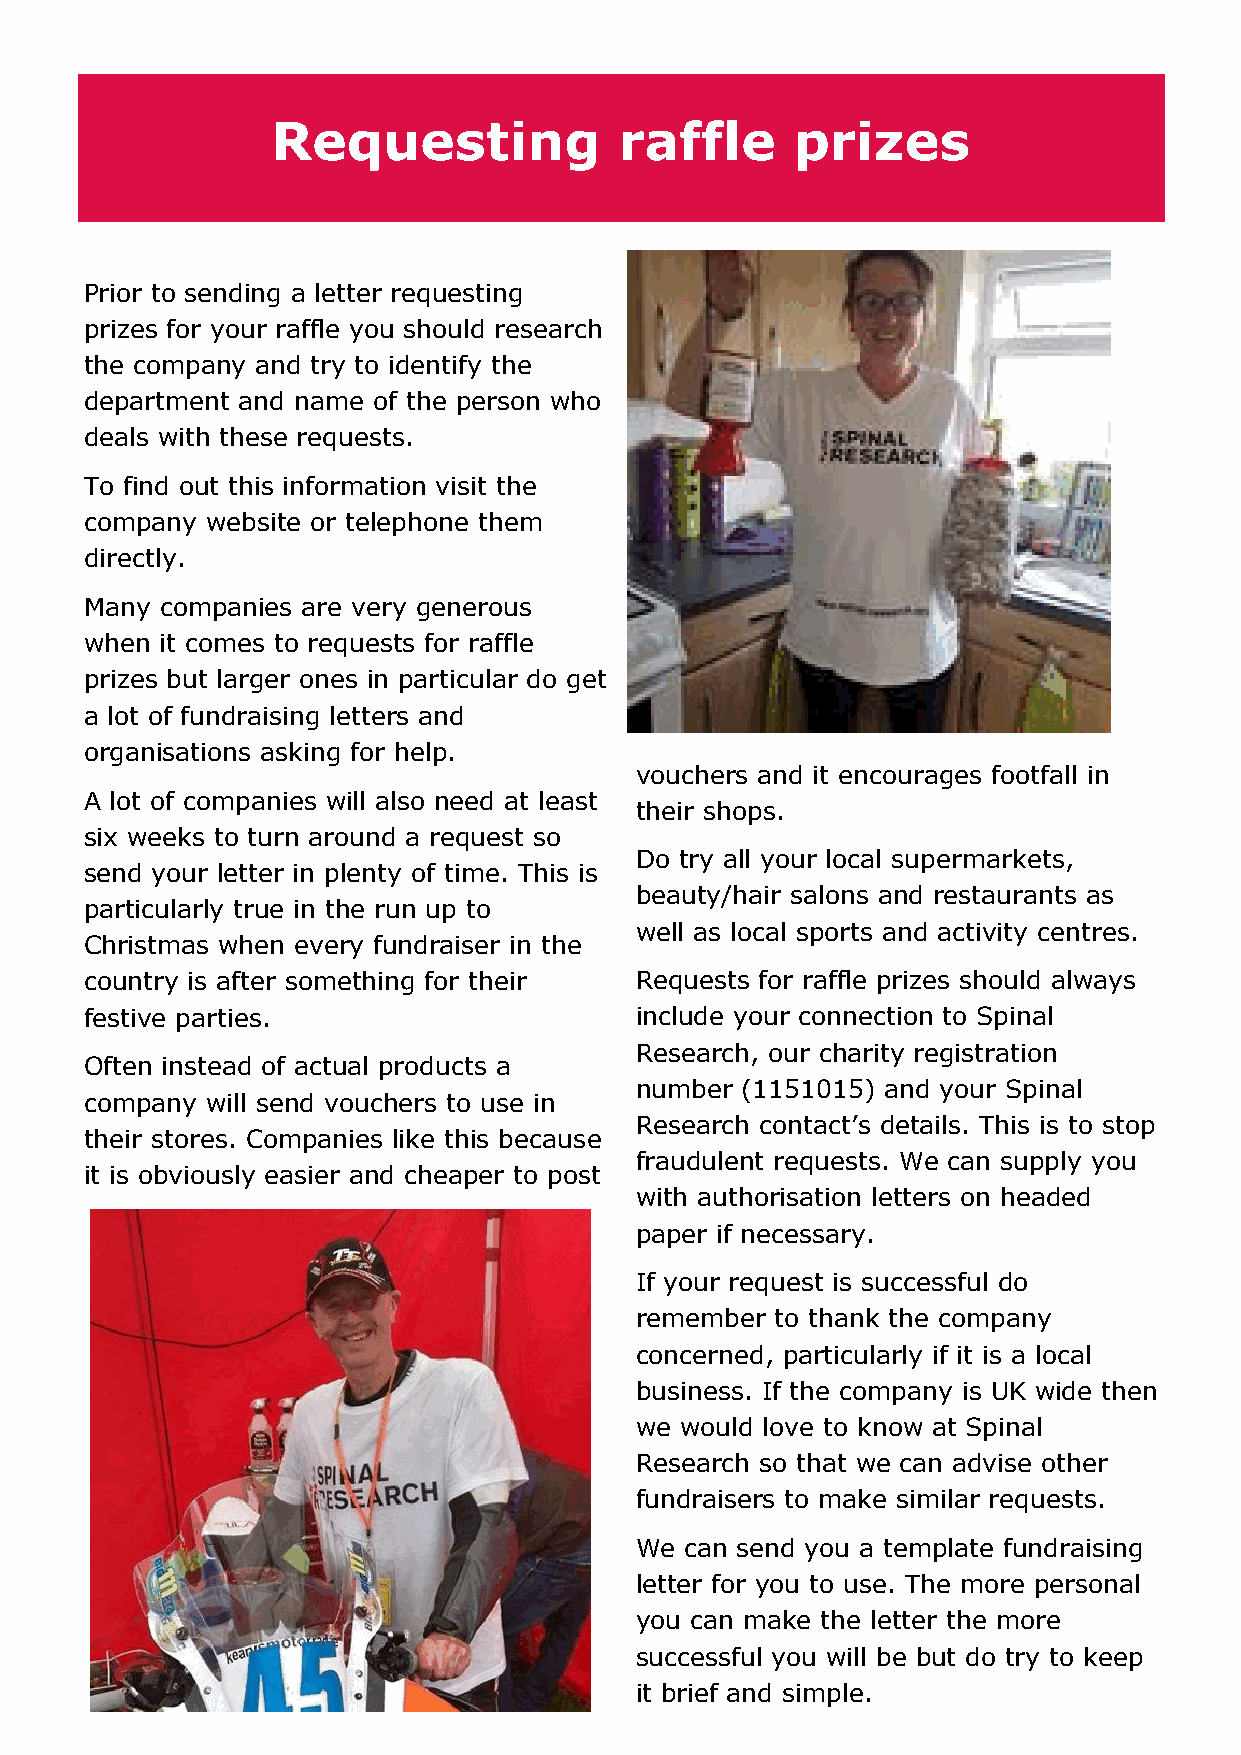
Requesting             raffle      prizes
 Prior to sending a letter requesting
 prizes for your raffle you should research
 the company and try to identify the
 department and name of the person who
 deals with these requests.
 To find out this information visit the
 company website or telephone them
 directly.
 Many companies are very generous
 when it comes to requests for raffle
 prizes but larger ones in particular do get
 a lot of fundraising letters and
 organisations asking for help.
 vouchers and it encourages footfall in
 A lot of companies will also need at least
 their shops.
 six weeks to turn around a request so
 Do try all your local supermarkets,
 send your letter in plenty of time. This is
 beauty/hair salons and restaurants as
 particularly true in the run up to
 well as local sports and activity centres.
 Christmas when every fundraiser in the
 country is after something for their Requests for raffle prizes should always
 festive parties.                    include your connection to Spinal
 Research, our charity registration
 Often instead of actual products a
 number (1151015) and your Spinal
 company will send vouchers to use in
 Research contact’s details. This is to stop
 their stores. Companies like this because
 fraudulent requests. We can supply you
 it is obviously easier and cheaper to post
 with authorisation letters on headed
 paper if necessary.
 If your request is successful do
 remember to thank the company
 concerned, particularly if it is a local
 business. If the company is UK wide then
 we would love to know at Spinal
 Research so that we can advise other
 fundraisers to make similar requests.
 We can send you a template fundraising
 letter for you to use. The more personal
 you can make the letter the more
 successful you will be but do try to keep
 it brief and simple.